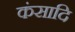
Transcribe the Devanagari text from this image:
कंसादि